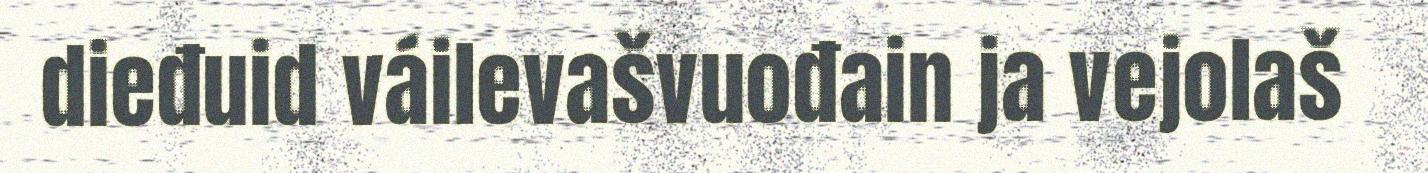
dieđuid váilevašvuođain ja vejolaš